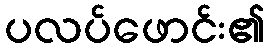
ပလပ်ဖောင်း၏